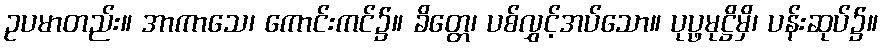
ဥပမာတည်း။ အာကာသေ၊ ကောင်းကင်၌။ ခိတ္တေ၊ ပစ်လွှင့်အပ်သော။ ပုပ္ဖမုဋ္ဌိမှိ၊ ပန်းဆုပ်၌။